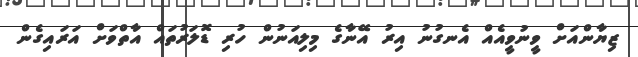
ޒިޔާންއަށް ވީނުވީއެއް އެނގުނު އިރު އޭނާގެ މިލިއަނުން ހުރި ޑޮލަރުތައް އާތްވަށް އަރައިގެން